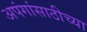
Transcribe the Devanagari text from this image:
अपंगांसाठीच्या